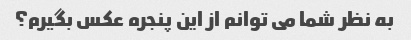
به نظر شما می توانم از این پنجره عکس بگیرم؟